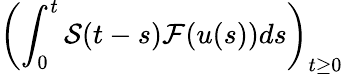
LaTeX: \displaystyle\left(\int_{0}^{t}\mathcal{S}(t-s)\mathcal{F}(u(s))ds\right)_{t\geq 0}